Vaccination in Bombay 1869-1873 - 1869-1873
Year: 1869
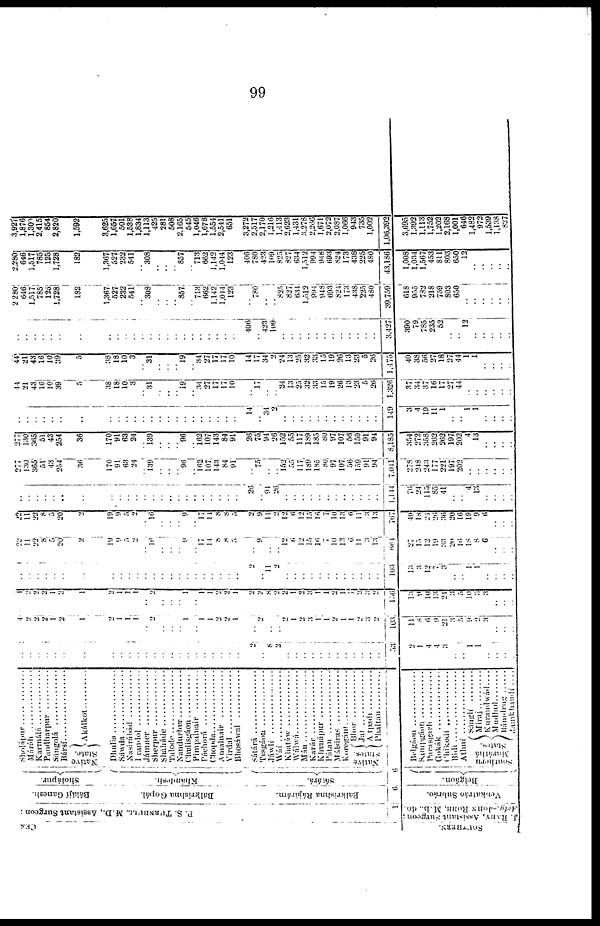
99
CEN
SOUTHERN.
P. S. TURNBULL.
M. D. , As s i
s t
ant Sur geon
1
J. RABY, Assistant Surgeon ;
Acty.-JOHN ROBB. M. B. do.
Bálájí Ganesh.
Bálkrishna Gopál.
Bálkrishna Rájárám.
Sholápur.
Khandesh.
Sátárá.
6
Venkatráo Subráo.
Belgáon.
Sholápur ...............
Máráh......................
Karmálá....................
Pandharpur ..........
Sángolá ..................
Bársí ............................
Native
State.
Akálkot..........
Dhulia....................
Sáwda..................
Nasirábád ..................
I randol ..............
Jámner
..............
Sherpur ..............
Sháháde ..................
Talode ....................
Nandurbur....................
Chulisgáon..............
Pimpalnair ..............
Páchorá ................
Chopda ....................
Amalnair ..............
Virdal ....................
Bhosáwal ................
Sátárá ......................
Tusgáon
............
Jáwli ............
Wáí....................
Khatáw
..............
Wálwá..................
Mán................
Karár
................
Khunápur
............
Pátan
..............
Málsiras
..............
Koregáim..................
Native
States.
Bhor............
Jat ..................
Atpadi ..........
Phaitan ................
6
Belgáon
......................
Sampáon....................
Parasgurh............
Gokák
..............
Chikodi ........................
Bidi ..................
Athni
................
Southern
Maráthá
States.
Sángli
..........
Miraj..........
Kurandwád....
Mudhol..........
Rámdrug
......
Samkhaudi ....
..
.. ..
.. ..
..
..
..
.. ..
..
..
..
.. ..
..
..
..
..
..
..
..
..
2
.. 8
2
..
..
..
.. ..
..
..
.. ..
.. ..
..
53
2
1
4
4
3
..
..
1
1
..
..
..
..
4
2
2 2
1
2
1
2
1
1
1
.. 2
.. ..
.. 1
.. 1
1
2
2
1
..
2
..
.. 2
1
2
3
1
1
2
1
1
2
3
2
103
11
8
6
9
21
3
5
9
2
3
..
..
..
1
2
2
2
1
2
1
2
1
1
1
.. 2
.. ..
.. 1
.. 1
1
2
2
1
2
2
8
2
2
1
2
3
1
1
2
1
1
2
3
2
156
13
9
10
13
21
3
5
10
3 3
..
..
..
..
..
.. ..
..
..
..
..
..
..
..
..
..
.. ..
..
..
..
..
..
..
..
..
2
.. 11
2
..
..
..
..
..
..
..
..
..
..
..
..
103
13
3
12
7
3
..
..
1
1
..
..
..
..
22
11
22
8
5
20
2
19
9
5
2
.. 16
..
..
.. 9
.. 17
14
8 8
5
..
9
..
.. 12
6
12
15
16
7
10
13
6
11
3
13
661
27
15
12
19
33
20
16
18
8
6
..
..
..
22
11
22
8
5
20
2
10
9
5 2
.. 16
.. ..
.. 9
.. 17
14
8
8
5
2
9
11
2
12
6
12
15
16
7
10
13
6
11
3
13
767
10
18
24
26
36
20
16
19
9
6
..
..
..
..
..
..
..
..
..
..
..
.. ..
..
..
..
.. ..
..
.. ..
..
..
..
..
..
26
..
91
26
..
..
..
..
..
..
..
..
..
..
..
..
1,144
76
24
115
85
41
..
..
4
13
..
..
..
..
277
130
365
51
43
254
36
170
91
63
24
..
139
.. ..
.. 96
..
162
107
143
84
91
..
75
..
.. 152
55
117
189
185
80
97
107
56
159
91
94
7,011
278
248
243
177
221
197
202
..
..
..
..
..
..
277
130
365
51
43
254
36
170
91
63
24
.. 139
.. ..
.. 96
.. 162
107
143
84
91
26
75
94
26
152
55
117
189
185
80
97
107
56
159
91
94
8,185
354
272
358
262
262
197
202
4
13
..
..
..
..
..
..
..
..
..
..
..
..
..
..
..
..
..
.. ..
..
..
..
..
..
..
..
..
14
.. 34
2
..
..
..
..
..
..
..
..
..
..
..
..
149
3
4
19
11
1
..
..
1
1
..
..
..
..
44
21
43
16
10
39
5
38
18
10
3
.. 31
..
..
..
19
.. 34
27
17
17
10
..
17
..
.. 24 13
25
32
33
15
19
26
13
23
5
26
1,326
37
34
37
16
17
27
44
..
..
..
..
..
..
44
21
43
16
10
39
5
38
18
10
3
.. 31
.. ..
.. 19
.. 34
27
17
17
10
14
17
34
2
24
13
25
32
33
15
19
26
13
23
5
26
1,475
40
38
56
27
18
27
44
1
1
..
..
..
..
..
..
..
..
..
..
..
..
..
..
..
..
..
.. ..
..
..
..
..
..
..
..
..
406
.. 423
109
..
..
..
..
..
..
..
..
..
..
..
..
3,427
390
79
785,
235
52
..
..
12
..
..
..
..
..
2,280
646
1,517
785
125
1,728
182
1,367
527
232
541
..
308
.. .. ..
857
.. 713
662
1,142
1,044
123
..
780
..
.. 825
827
634
1,513
994
948
693
824
173
438
225
480
39,759
618
955
782
218
759
803
650
..
..
..
..
..
..
2,280
646
1,517
785
125
1,728
182
1,367
527
232
541
.. 308
.. ..
.. 857
.. 713
662
1,142
1,044
123
406
780
423
109
825
827
634
1,512
994
948
693
824
173
438
225
480
43,186
1,008
1,034
1,567
453
811 803
650
12
..
..
..
..
..
3,927
1,876
1,300
2,415
854
2,820
1,592
3,625
1,657
501
1,538
1,834
1,113
425
281
508
2,165
545
1,046
1,678
1,554
2,541
651
3,272
2,517
2,170
1,216
1,413
2,623
1,431
3,278
2,266
1,671
2,072
2,087
1,066
943
735
1,002
1,06,392
3,695
1,392
1,113
1,752
1,202
2,168
1,001
646
1,482
972
1,539
1,138
827